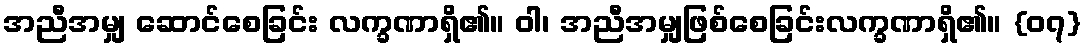
အညီအမျှ ဆောင်စေခြင်း လက္ခဏာရှိ၏။ ဝါ၊ အညီအမျှဖြစ်စေခြင်းလက္ခဏာရှိ၏။ {၀၇}